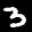
Label: 3